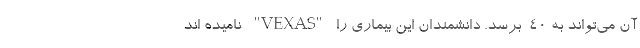
آن می‌تواند به ۴۰  برسد. دانشمندان این بیماری را "VEXAS" نامیده اند